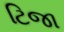
ટિજા